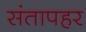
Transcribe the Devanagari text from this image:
संतापहर